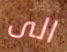
الى